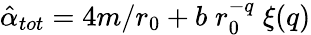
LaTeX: \hat{\alpha}_{tot}=4m/r_{0}+b\; r_{0}^{-q}\; \xi(q)